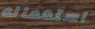
استعماله